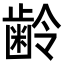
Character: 齢